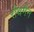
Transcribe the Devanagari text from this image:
रौथमैन